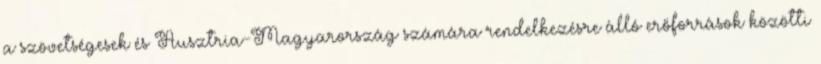
a szövetségesek és Ausztria-Magyarország számára rendelkezésre álló erőforrások közötti